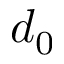
d _ { 0 }